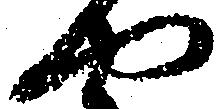
や